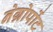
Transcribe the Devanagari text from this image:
नेग्रोपोंट